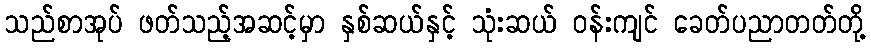
သည်စာအုပ် ဖတ်သည့်အဆင့်မှာ နှစ်ဆယ်နှင့် သုံးဆယ် ဝန်းကျင် ခေတ်ပညာတတ်တို့